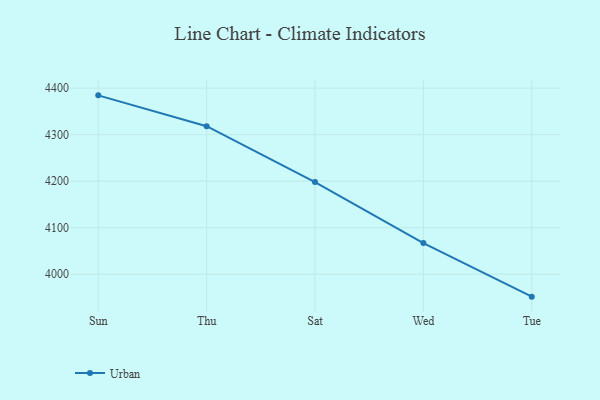
{"axis": {"x": "Day", "y": "Shipments"}, "legend": ["Urban"], "data": [{"x": "Sun", "y": 4384.5, "type": "Urban"}, {"x": "Thu", "y": 4318.2, "type": "Urban"}, {"x": "Sat", "y": 4198.2, "type": "Urban"}, {"x": "Wed", "y": 4066.9, "type": "Urban"}, {"x": "Tue", "y": 3951.8, "type": "Urban"}]}